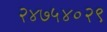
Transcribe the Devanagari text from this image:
२४७५४०२९